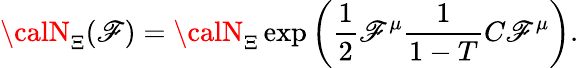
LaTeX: {\calN}_{\Xi}(\mathscr{F})={\calN}_{\Xi}\exp\left(\frac{{1}}{{2}}\mathscr{F}^{\mu}\frac{{1}}{{1-T}}C\mathscr{F}^{\mu}\right).